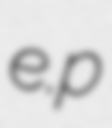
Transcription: e.p